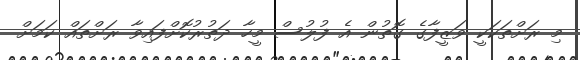
މި ރަށްތަކަކީ ވަޒީފާގެ ގޮތުން އެ ފުލުސް މީހާ ދަތުރުކޮށްފައިވާ ރަށްތައް ކަމަށް